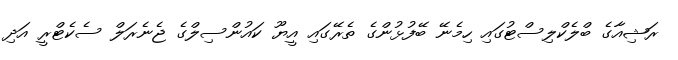
ރަޝިއާގެ ބްލެކްލިސްޓުގައި ހިމެނޭ ބޭފުޅުންގެ ތެރޭގައި އީޔޫ ކައުންސިލްގެ ޖެނެރަލް ސެކެޓްރީ އަދި